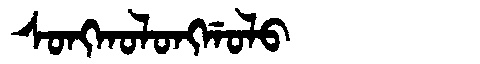
Manchu: ᠰᠣᠩᡴᠣᠯᠣᠩᡤᠣᠯᠣ
Romanization: SONGKOLONGGOLO